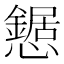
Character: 𢤹